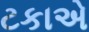
ટકાએ